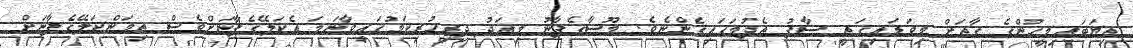
ތިޔަބައިމީހުންގެ ގާތަށް މިވަޑައިގަތީ ސާފު ތެދުމަގައިގެންނެވެ. މޫސާގެފާނު މިއަދު ދިރިހުރިކަމުގައިވާނަމަ އެކަލޭގެފާނަށްވެސް ތިމަންކަލޭގެފާނަށް